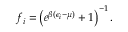
\begin{array} { l } { { \displaystyle f _ { i } = \left( e ^ { \beta ( \epsilon _ { i } - \mu ) } + 1 \right) ^ { - 1 } . } } \end{array}